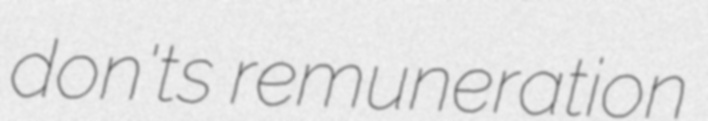
don'ts remuneration